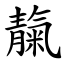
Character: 靝